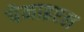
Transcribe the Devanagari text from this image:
पेनाइएल